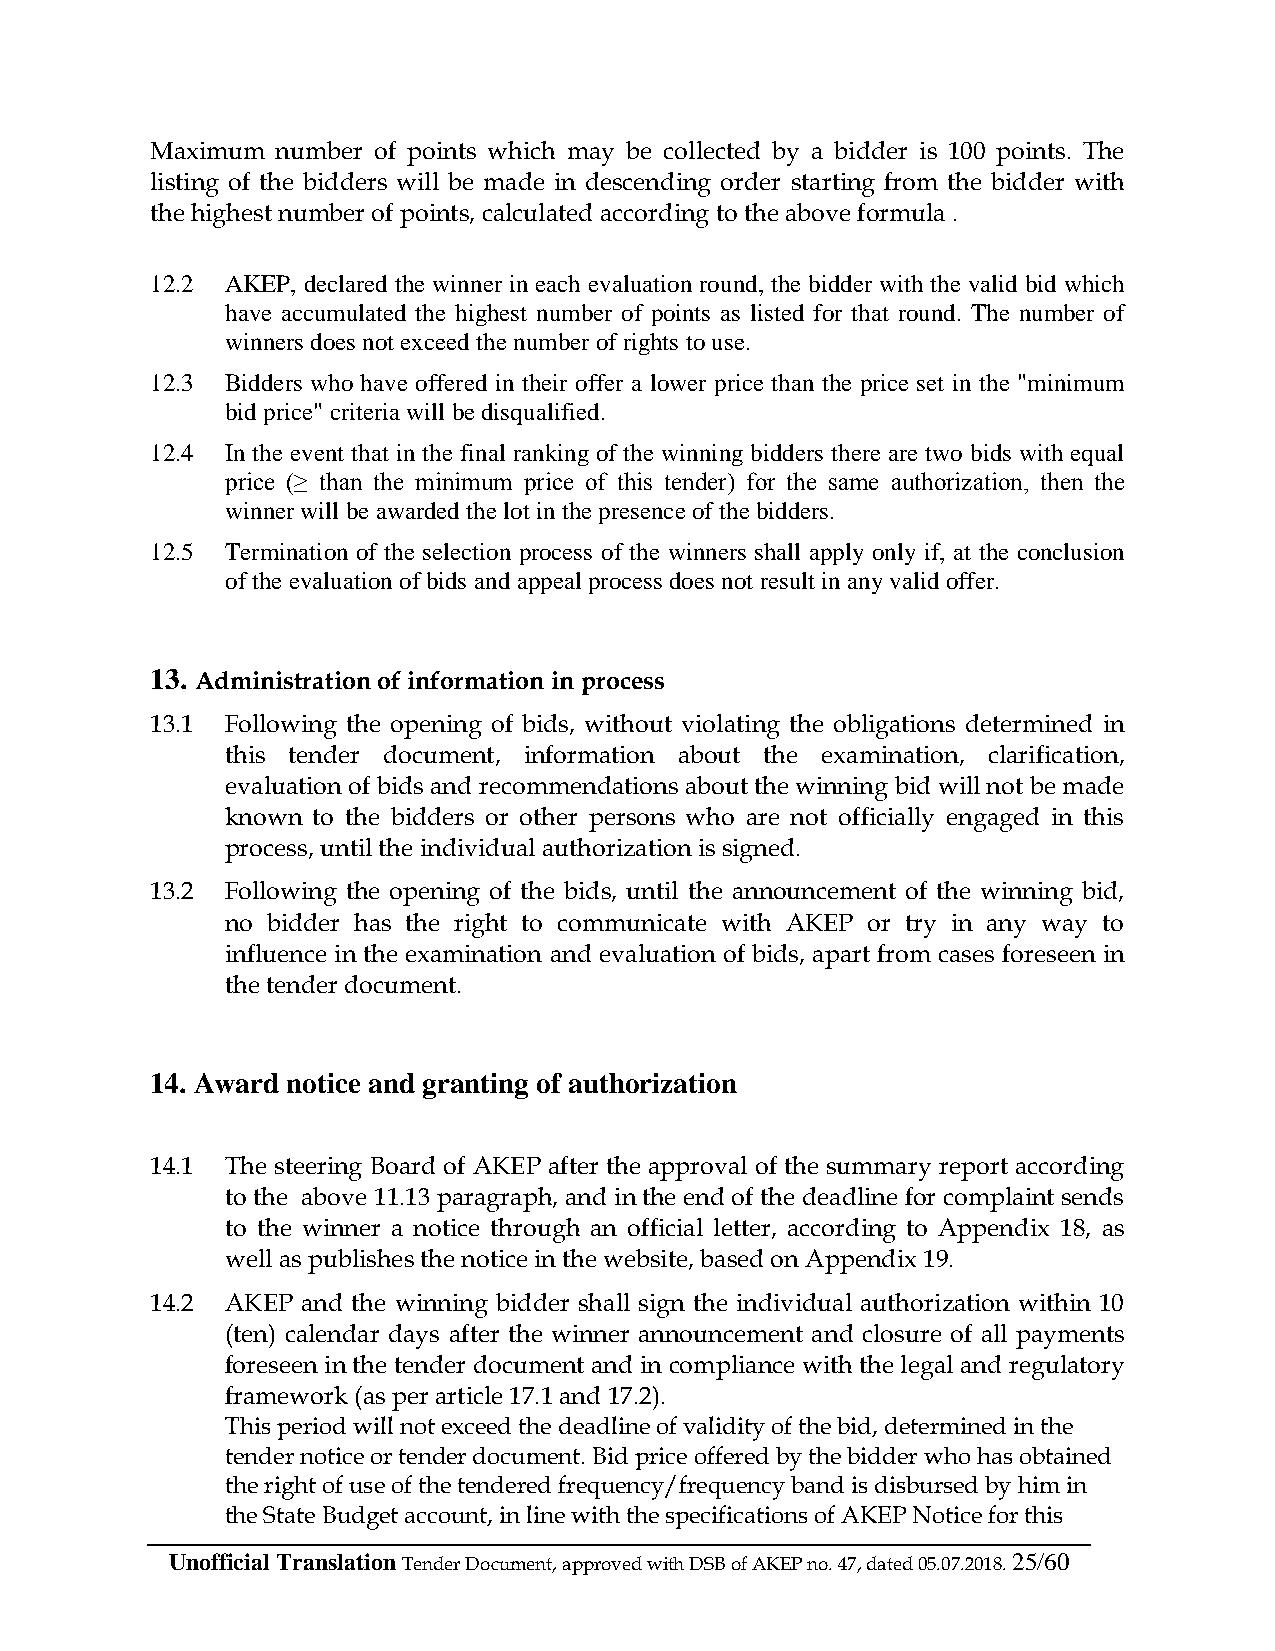
Maximum number of points which may be collected by a bidder is 100 points. The
 listing of the bidders will be made in descending order starting from the bidder with
 the highest number of points, calculated according to the above formula .
 12.2 AKEP, declared the winner in each evaluation round, the bidder with the valid bid which
 have accumulated the highest number of points as listed for that round. The number of
 winners does not exceed the number of rights to use.
 12.3 Bidders who have offered in their offer a lower price than the price set in the "minimum
 bid price" criteria will be disqualified.
 12.4 In the event that in the final ranking of the winning bidders there are two bids with equal
 price (≥ than the minimum price of this tender) for the same authorization, then the
 winner will be awarded the lot in the presence of the bidders.
 12.5 Termination of the selection process of the winners shall apply only if, at the conclusion
 of the evaluation of bids and appeal process does not result in any valid offer.
 13. Administration of information in process
 13.1 Following the opening of bids, without violating the obligations determined in
 this tender document, information about the examination, clarification,
 evaluation of bids and recommendations about the winning bid will not be made
 known to the bidders or other persons who are not officially engaged in this
 process, until the individual authorization is signed.
 13.2 Following the opening of the bids, until the announcement of the winning bid,
 no bidder has the right to communicate with AKEP or try in any way to
 influence in the examination and evaluation of bids, apart from cases foreseen in
 the tender document.
 14. Award notice and granting of authorization
 14.1 The steering Board of AKEP after the approval of the summary report according
 to the above 11.13 paragraph, and in the end of the deadline for complaint sends
 to the winner a notice through an official letter, according to Appendix 18, as
 well as publishes the notice in the website, based on Appendix 19.
 14.2 AKEP and the winning bidder shall sign the individual authorization within 10
 (ten) calendar days after the winner announcement and closure of all payments
 foreseen in the tender document and in compliance with the legal and regulatory
 framework (as per article 17.1 and 17.2).
 This period will not exceed the deadline of validity of the bid, determined in the
 tender notice or tender document. Bid price offered by the bidder who has obtained
 the right of use of the tendered frequency/frequency band is disbursed by him in
 the State Budget account, in line with the specifications of AKEP Notice for this
 Unofficial Translation Tender Document, approved with DSB of AKEP no. 47, dated 05.07.2018. 25/60